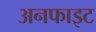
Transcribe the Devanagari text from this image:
अनफाइट